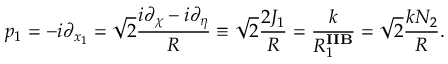
p _ { 1 } = - i \partial _ { x _ { 1 } } = \sqrt { 2 } \frac { i \partial _ { \chi } - i \partial _ { \eta } } { R } \equiv \sqrt { 2 } \frac { 2 J _ { 1 } } { R } = \frac { k } { R _ { 1 } ^ { \mathbf { I I B } } } = \sqrt { 2 } \frac { k N _ { 2 } } { R } .